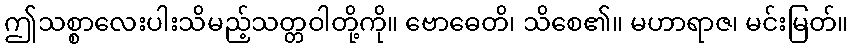
ဤသစ္စာလေးပါးသိမည့်သတ္တဝါတို့ကို။ ဗောဓေတိ၊ သိစေ၏။ မဟာရာဇ၊ မင်းမြတ်။